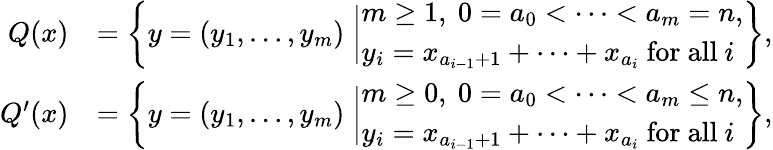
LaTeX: \begin{array}{rl}{Q(x)}&{=\biggl\{ y=(y_{1},\dotsc,y_{m})\biggm|\begin{array}{l}{m\geq 1,\ 0=a_{0}<\cdots<a_{m}=n,}\\ {y_{i}=x_{a_{i-1}+1}+\cdots+x_{a_{i}}\mathrm{~for~all~}i}\end{array}\biggr\} ,}\\ {Q^{\prime}(x)}&{=\biggl\{ y=(y_{1},\dotsc,y_{m})\biggm|\begin{array}{l}{m\geq 0,\ 0=a_{0}<\cdots<a_{m}\leq n,}\\ {y_{i}=x_{a_{i-1}+1}+\cdots+x_{a_{i}}\mathrm{~for~all~}i}\end{array}\biggr\} ,}\end{array}